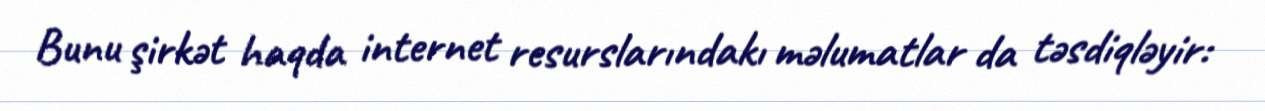
Bunu şirkət haqda internet resurslarındakı məlumatlar da təsdiqləyir: